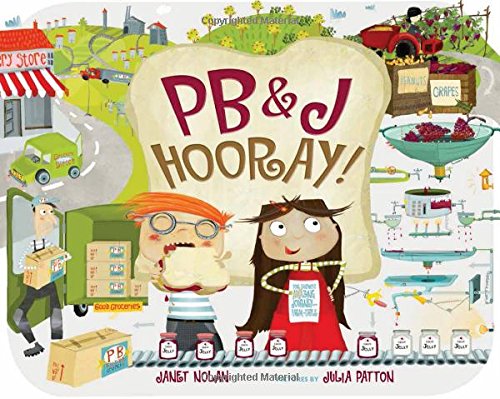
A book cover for PB&J Hooray!: Your Sandwich's Amazing Journey from Farm to Table; Janet Nolan; Children's Books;